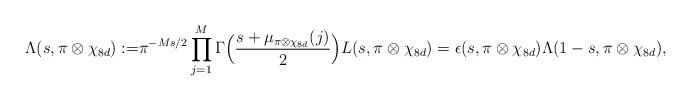
LaTeX: \begin{align*} \Lambda(s, \pi \otimes \chi_{8d}):=&\pi^{-Ms/2}\prod^M_{j=1}\Gamma \Big( \frac {s+\mu_{\pi \otimes \chi_{8d}}(j)}{2}\Big) L(s, \pi \otimes\chi_{8d}) = \epsilon(s, \pi \otimes \chi_{8d})\Lambda(1-s, \pi \otimes \chi_{8d}),\end{align*}